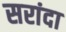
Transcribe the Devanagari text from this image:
सरांदा